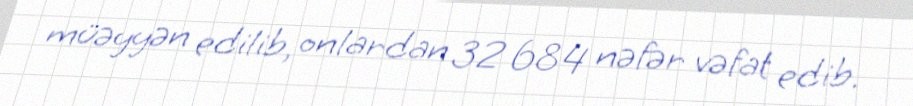
müəyyən edilib, onlardan 32 684 nəfər vəfat edib.